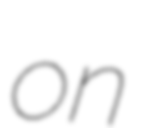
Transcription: on